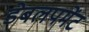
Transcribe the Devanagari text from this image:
डेबलपमेंट